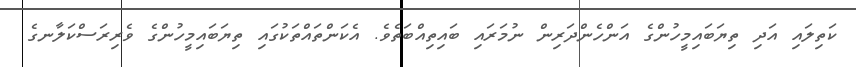
ކަތިލައި އަދި ތިޔަބައިމީހުންގެ އަންހެންދަރިން ނުމަރައި ބައިތިއްބަތެވެ. އެކަންތައްތަކުގައި ތިޔަބައިމީހުންގެ ވެރިރަސްކަލާނގެ